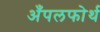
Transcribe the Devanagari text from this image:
अँपलफोर्थ